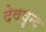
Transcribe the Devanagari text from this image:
देववृन्द